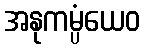
အနုကမ္ပံယေဝ